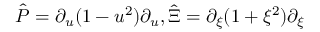
\hat { P } = \partial _ { u } ( 1 - u ^ { 2 } ) \partial _ { u } , \hat { \Xi } = \partial _ { \xi } ( 1 + \xi ^ { 2 } ) \partial _ { \xi }